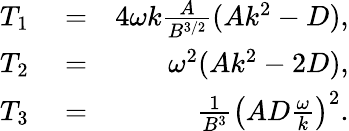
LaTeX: \begin{array}{rlr}{T_{1}}&{{}=}&{4\omega k\frac{A}{B^{3/2}}(Ak^{2}-D),}\\ {T_{2}}&{{}=}&{\omega^{2}(Ak^{2}-2D),}\\ {T_{3}}&{{}=}&{\frac{1}{B^{3}}\left(AD\frac{\omega}{k}\right)^{2}.}\end{array}